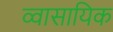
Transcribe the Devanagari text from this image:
व्वासायिक